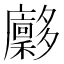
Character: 𪥀